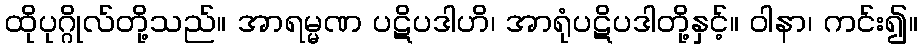
ထိုပုဂ္ဂိုလ်တို့သည်။ အာရမ္မဏ ပဋိပဒါဟိ၊ အာရုံပဋိပဒါတို့နှင့်။ ဝါနာ၊ ကင်း၍။